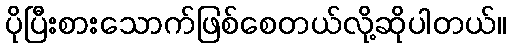
ပိုပြီးစားသောက်ဖြစ်စေတယ်လို့ဆိုပါတယ်။